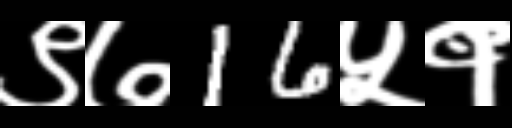
Text: ९७16५१